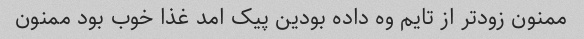
ممنون زودتر از تایم وه داده بودین پیک امد غذا خوب بود ممنون